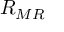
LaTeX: { R } _ { M R } \,